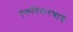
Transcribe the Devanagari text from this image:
एकत्रिकरणाचे